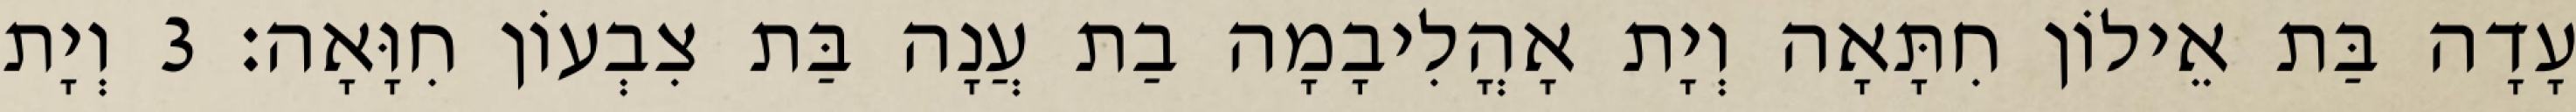
עָדָה בַּת אֵילוֹן חִתָּאָה וְיָת אָהֳלִיבָמָה בַת עֲנָה בַּת צִבְעוֹן חִוָּאָה׃ 3 וְיָת